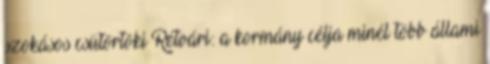
szokásos csütörtöki Rétvári: a kormány célja minél több állami